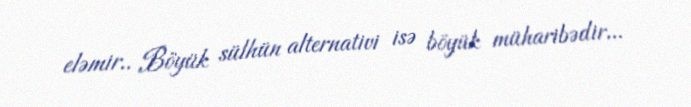
eləmir.. Böyük sülhün alternativi isə böyük müharibədir...